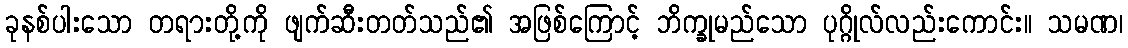
ခုနစ်ပါးသော တရားတို့ကို ဖျက်ဆီးတတ်သည်၏ အဖြစ်ကြောင့် ဘိက္ခုမည်သော ပုဂ္ဂိုလ်လည်းကောင်း။ သမဏ၊